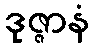
ဒုဇ္ဇာနံ